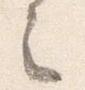
之